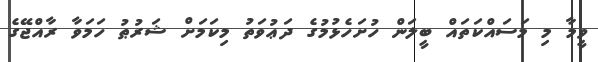
ވީމާ މި މަސައްކަތައް ބީލަން ހުށަހެޅުމުގެ ދަޢުވަތު މިކަމަށް ޝަރުޠު ހަމަވާ ރާއްޖޭގެ